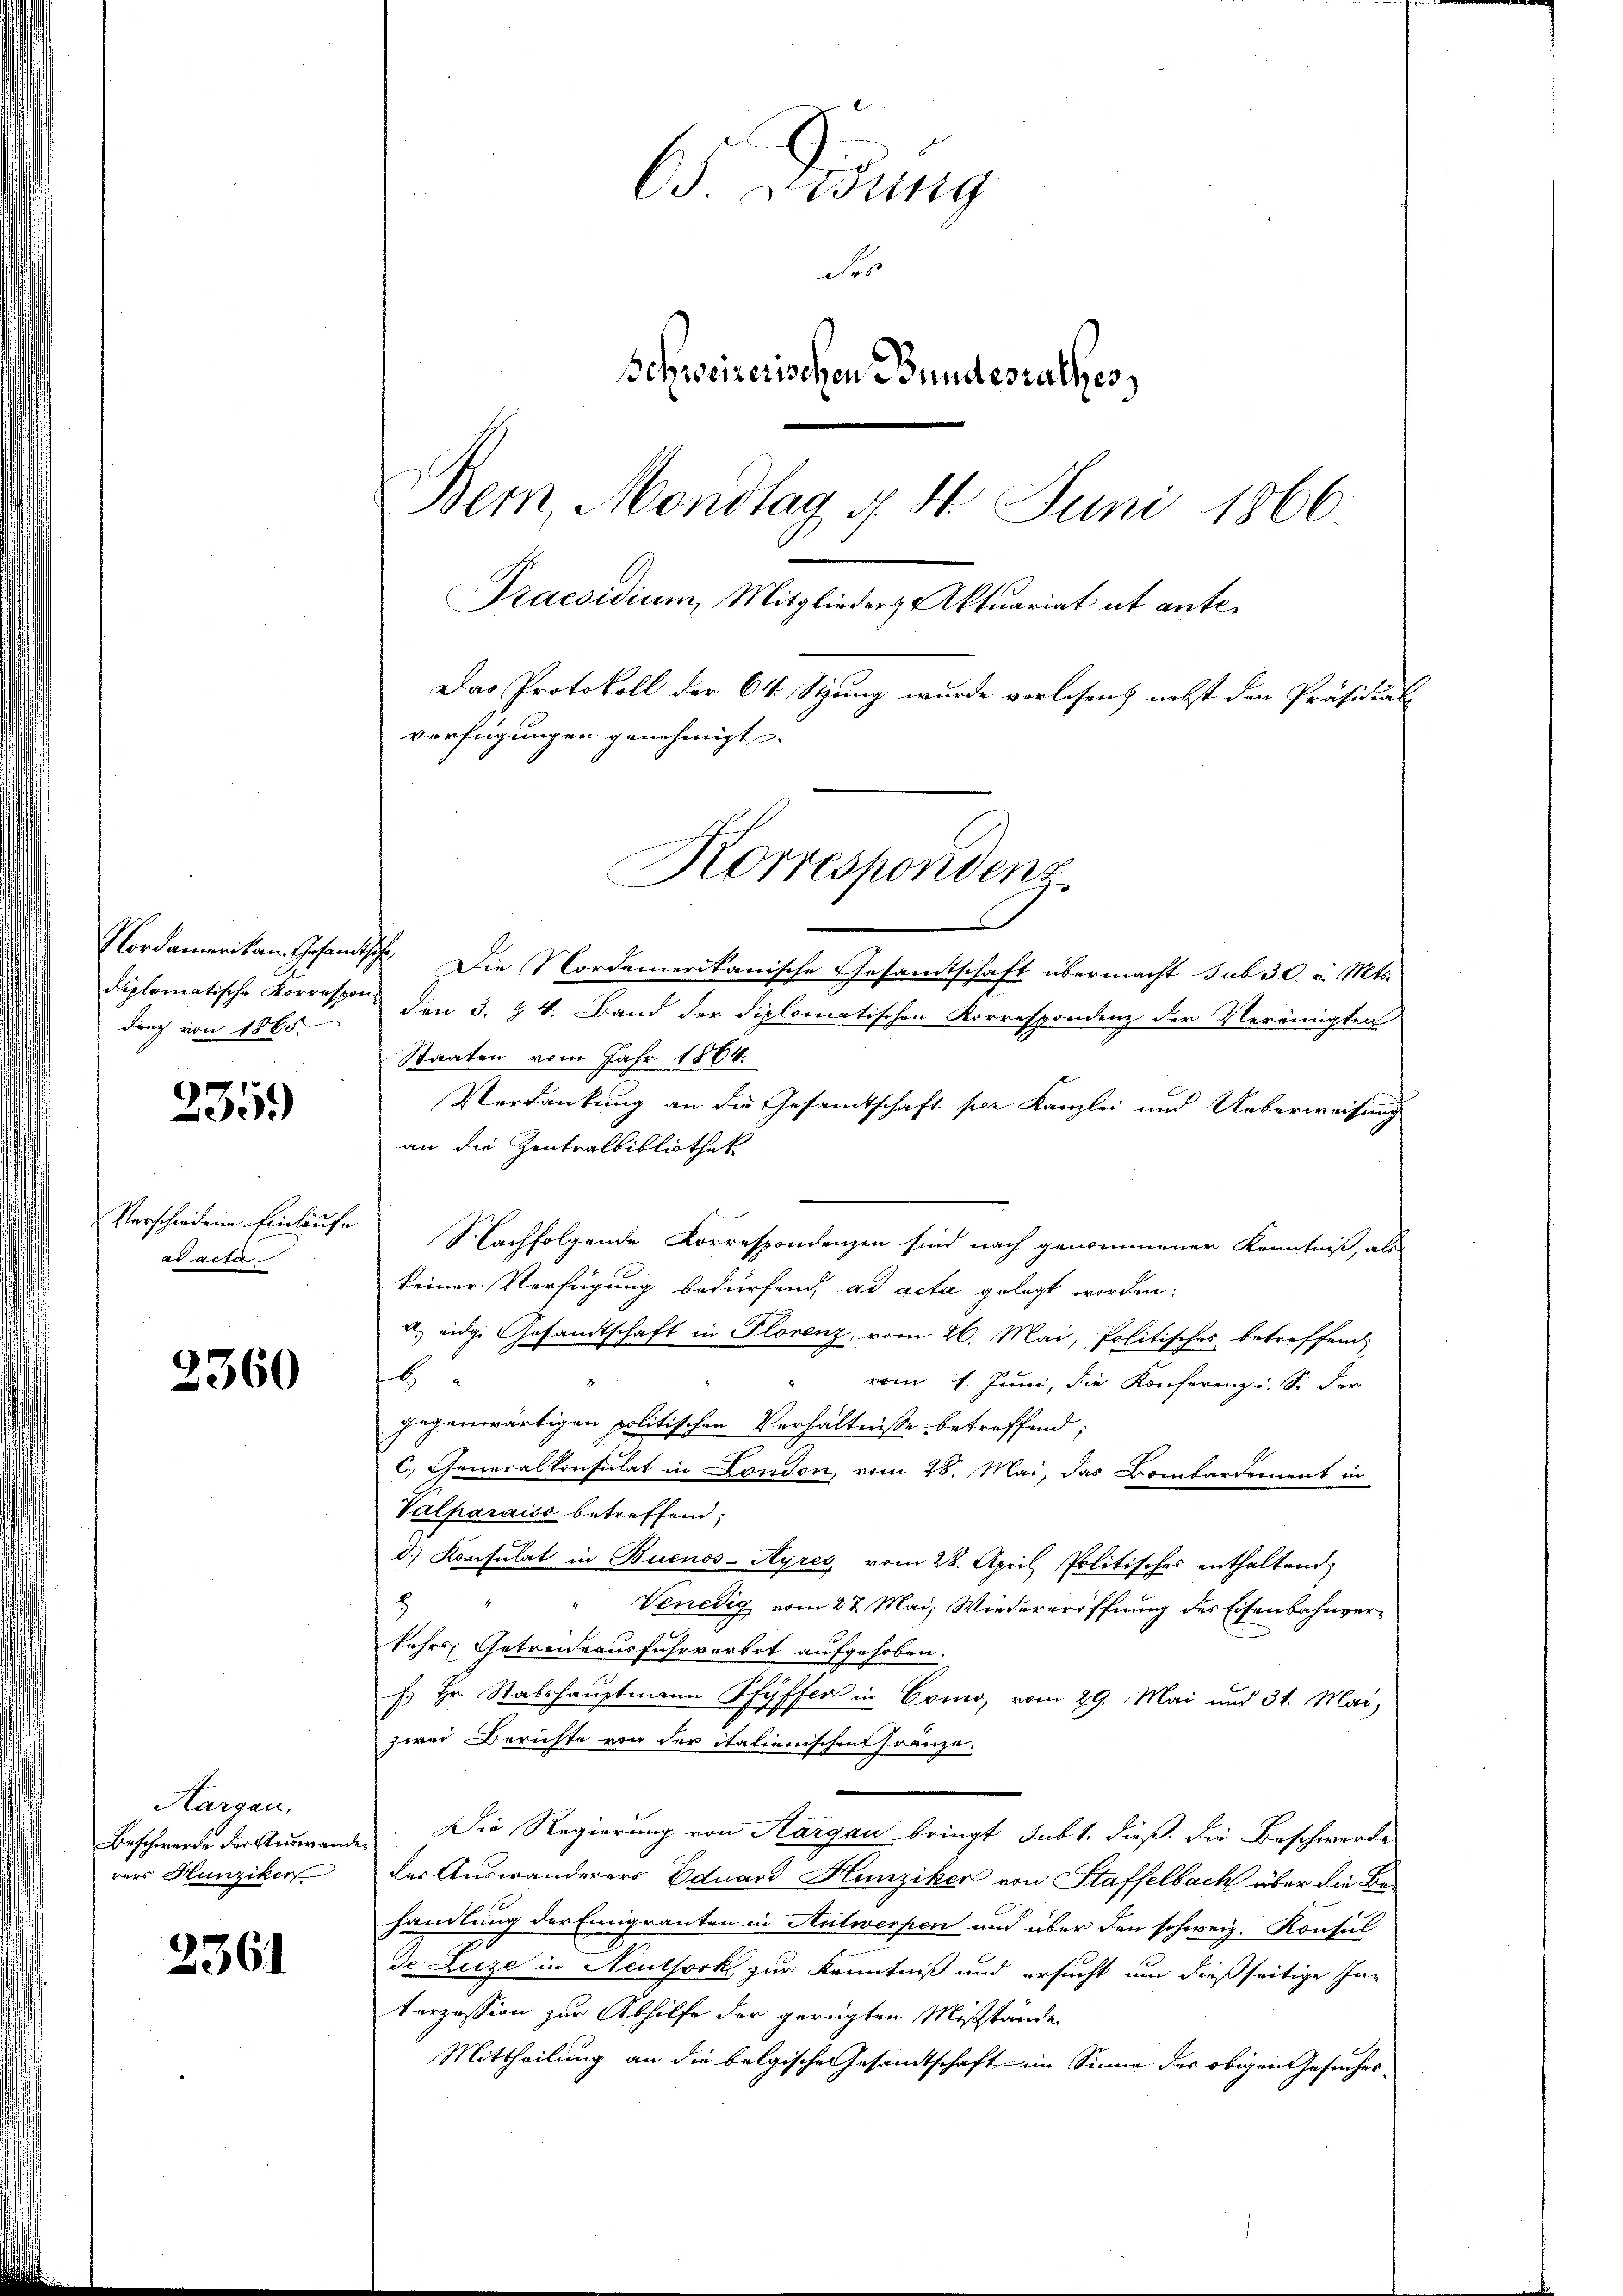
dung von 1865.

2359)

ad acta.

2360

Hargau,
Beschwerde der Auswande
rers Hunziker

2361

Nordamerikan, Gesandtsch. Die Nordamerikanische Gesandtschaft übermacht sub 30. v. Mts.
diplomatische Korrespon den 3. & 4. Band der diplomatischen Korrespondenz der Vereinigten
Staaten vom Jahr 1864.
Verdankung an die Gesamtschaft per Kanzlei und Ueberweisung
an die Zentralbibliothek
Verschiedene Einlaufe Nachfolgende Korrespondenzen sind nach genommener Kenntniß, als
keiner Verfügung bedürfend, ad acta gelegt worden.
a. eidge Gesandtschaft in Florenz, vom 26. Mai, Politisches betreffend
16
vom 1. Juni, die Konferenz u. So der
gegenwärtigen politischen Verhältnisse betreffend;
C. Generalkonsulat in London vom 28. Mai, das Bombardement in
Valparaiso betreffend,
d.) Konsulat in Buenos-Ayres, vom 28. April Politisches enthaltend
8
Venedig vom 27. Mai, Wiedereröffnung des Eisenbahnverkehrs, Getreideausfuhrverbot aufgehoben.
. Hr. Stabshauptmann Pfyffer in Corno, vom 29. Mai und 31. Mai,
zwei Berichte von der italienischen Fränze.
Die Regierung von Aargau bringt, sub 1. dieß die Beschwerde
i
der Auswanderers Eduard Hunziker von Staffelbach über die Behandlung der Emigranten in Antwerpen und über den schweiz. Konsul
de Luze in Neuthork zur Kenntniß und ersucht um dießseitige In-
terzession zur Abhilfe der gerügten Mißstände
Mittheilung an die belgische Gesamtschaft im Sinne des obigen Gesuches¬

65 Lösung
des
Schweizerischen Bundesrathes
Bem, Mondtag d. 4. Juni 1866.
Praesidium, Mitglieder Aktuariat et ante¬
Das Protokoll der 64. Sitzung wurde verlesen, nebst den Präsidial
verfügungen genehmigt.

Korrespondenz